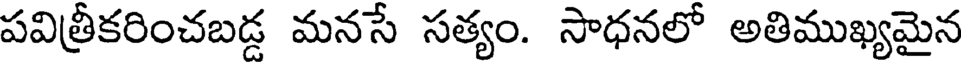
పవిత్రీకరించబడ్డ మనసే సత్యం. సాధనలో అతిముఖ్యమైన